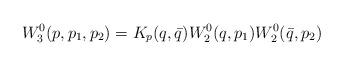
LaTeX: \begin{align*}W^0_3(p,p_1,p_2)=K_p(q,\bar q)W^0_2(q,p_1)W^0_2(\bar q,p_2)\end{align*}